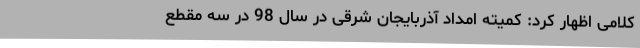
کلامی اظهار کرد: کمیته امداد آذربایجان شرقی در سال 98 در سه مقطع